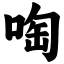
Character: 啕